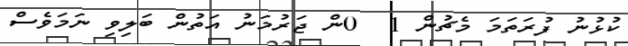
ކުޅުނު ފުރަތަމަ މެޗުން 1  0ން ޖަރުމަނު އަތުން ބަލިވި ނަމަވެސް